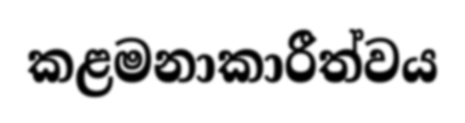
කළමනාකාරීත්වය